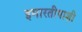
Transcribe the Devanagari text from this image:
इमारतीपाशी